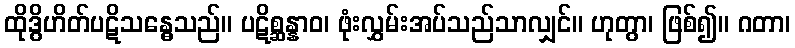
ထိုဒွိဟိတ်ပဋိသန္ဓေသည်။ ပဋိစ္ဆန္နာဝ၊ ဖုံးလွှမ်းအပ်သည်သာလျှင်။ ဟုတွာ၊ ဖြစ်၍။ ဂတာ၊